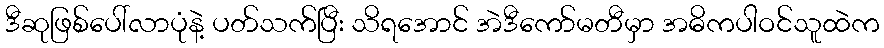
ဒီဆုဖြစ်ပေါ်လာပုံနဲ့ ပတ်သက်ပြီး သိရအောင် အဲဒီကော်မတီမှာ အဓိကပါဝင်သူထဲက